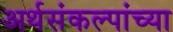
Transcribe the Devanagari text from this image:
अर्थसंकल्पांच्या